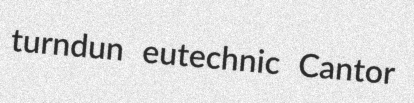
turndun eutechnic Cantor